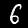
Digit: 6